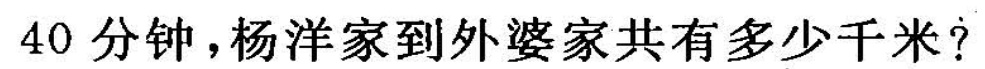
40分钟，杨洋家到外婆家共有多少千米?